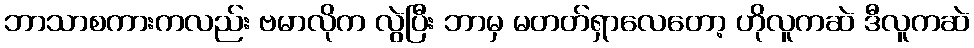
ဘာသာစကားကလည်း ဗမာလိုက လွဲပြီး ဘာမှ မတတ်ရှာလေတော့ ဟိုလူကဆဲ ဒီလူကဆဲ